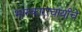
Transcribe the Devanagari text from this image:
भास्काराचार्यांचे